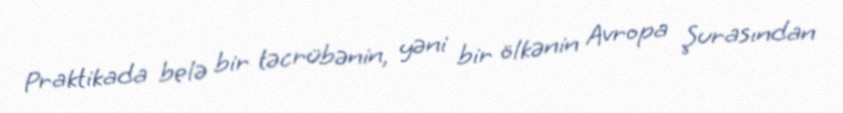
Praktikada belə bir təcrübənin, yəni bir ölkənin Avropa Şurasından